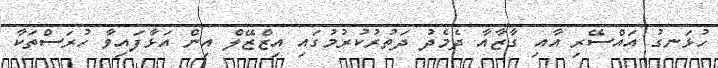
ހުޅަނގު އައްސޭރި އާއި ގާޒާއާ ދެމެދު ދަތުރުކުރުމުގައި އިޒްޒޭލް އިން އަޅާފައިވާ ހުރަސްތަކާ